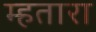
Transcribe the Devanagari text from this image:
म्हतारा